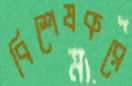
বিশেষকরে